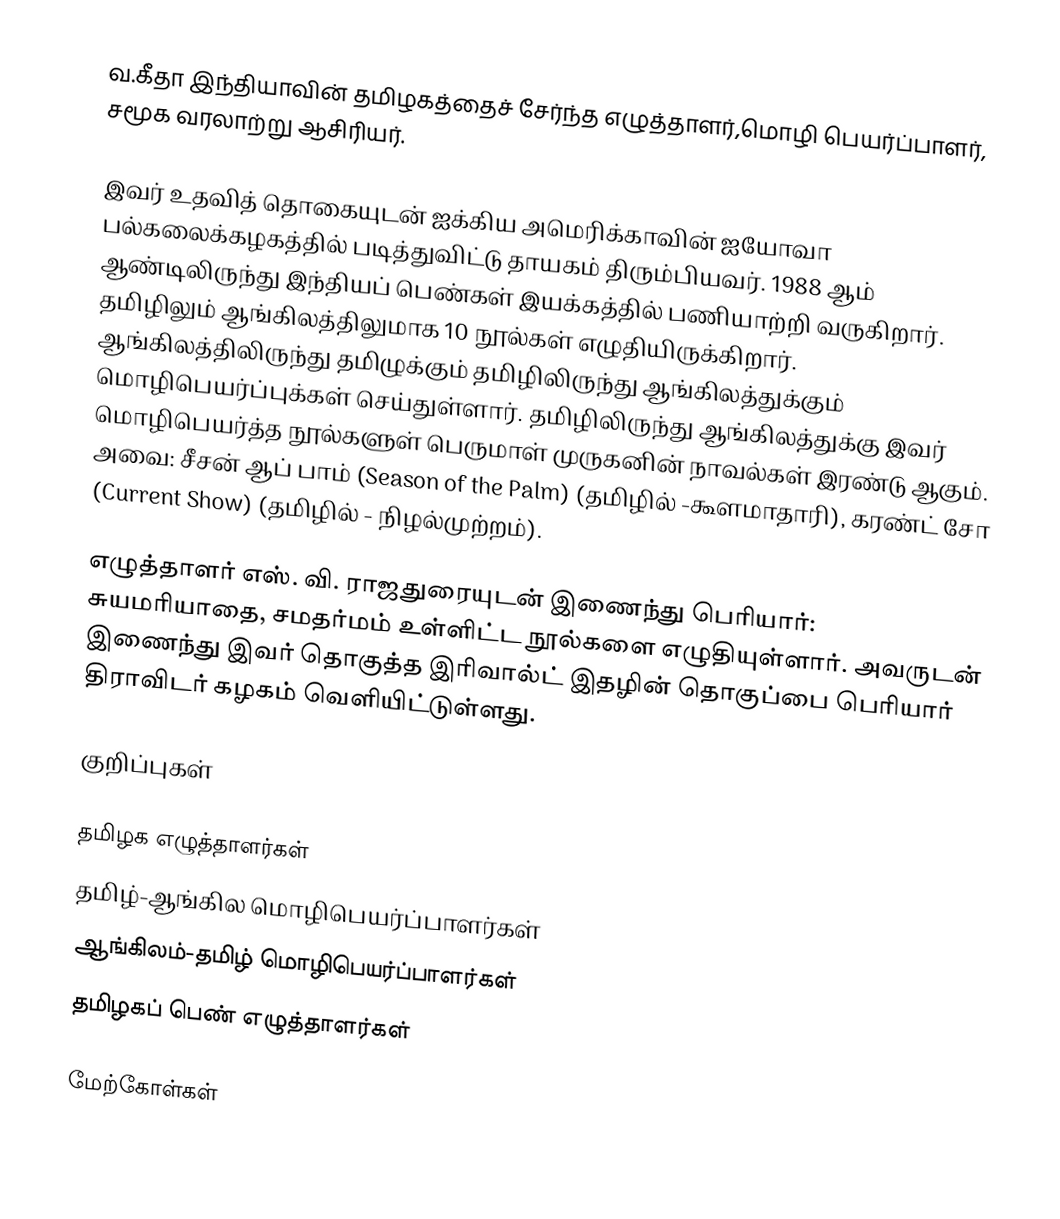
வ.கீதா இந்தியாவின் தமிழகத்தைச் சேர்ந்த எழுத்தாளர்,மொழி பெயர்ப்பாளர், சமூக வரலாற்று ஆசிரியர்.

இவர் உதவித் தொகையுடன் ஐக்கிய அமெரிக்காவின் ஐயோவா பல்கலைக்கழகத்தில் படித்துவிட்டு தாயகம் திரும்பியவர்.       1988 ஆம் ஆண்டிலிருந்து இந்தியப் பெண்கள் இயக்கத்தில் பணியாற்றி வருகிறார். தமிழிலும் ஆங்கிலத்திலுமாக 10 நூல்கள் எழுதியிருக்கிறார். ஆங்கிலத்திலிருந்து தமிழுக்கும் தமிழிலிருந்து ஆங்கிலத்துக்கும் மொழிபெயர்ப்புக்கள் செய்துள்ளார். தமிழிலிருந்து ஆங்கிலத்துக்கு இவர் மொழிபெயர்த்த நூல்களுள் பெருமாள் முருகனின் நாவல்கள் இரண்டு ஆகும். அவை: சீசன் ஆப் பாம் (Season of the Palm) (தமிழில் -கூளமாதாரி), கரண்ட் சோ (Current Show) (தமிழில் - நிழல்முற்றம்).

எழுத்தாளர் எஸ். வி. ராஜதுரையுடன் இணைந்து பெரியார்: சுயமரியாதை, சமதர்மம் உள்ளிட்ட நூல்களை எழுதியுள்ளார்.  அவருடன் இணைந்து இவர் தொகுத்த இரிவால்ட் இதழின் தொகுப்பை பெரியார் திராவிடர் கழகம் வெளியிட்டுள்ளது.

குறிப்புகள்

தமிழக எழுத்தாளர்கள்
தமிழ்-ஆங்கில மொழிபெயர்ப்பாளர்கள்
ஆங்கிலம்-தமிழ் மொழிபெயர்ப்பாளர்கள்
தமிழகப் பெண் எழுத்தாளர்கள்

மேற்கோள்கள்